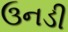
ઉનડી